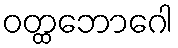
ဝတ္ထဘောဂေါ